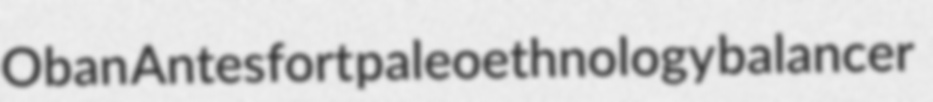
Oban Antesfort paleoethnology balancer